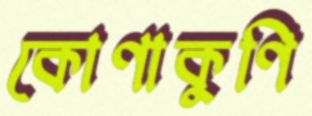
কোণাকুণি